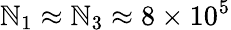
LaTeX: \mathbb{N}_{1}\approx\mathbb{N}_{3}\approx8\times10^{5}